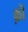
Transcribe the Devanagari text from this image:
क़ॊ